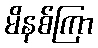
မိနစ်ကြာ